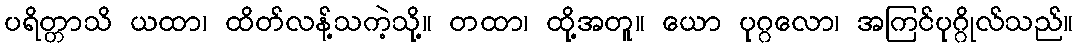
ပရိတ္တာသိ ယထာ၊ ထိတ်လန့်သကဲ့သို့။ တထာ၊ ထို့အတူ။ ယော ပုဂ္ဂလော၊ အကြင်ပုဂ္ဂိုလ်သည်။